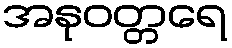
အနုဝတ္တရေ